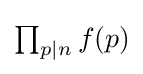
{\textstyle \prod _{p\mid n}f(p)}